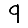
Digit: 9